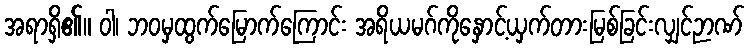
အရာရှိ၏။ ဝါ၊ ဘဝမှထွက်မြောက်ကြောင်း အရိယမဂ်ကိုနှောင့်ယှက်တားမြစ်ခြင်းလျှင်ဉာဏ်